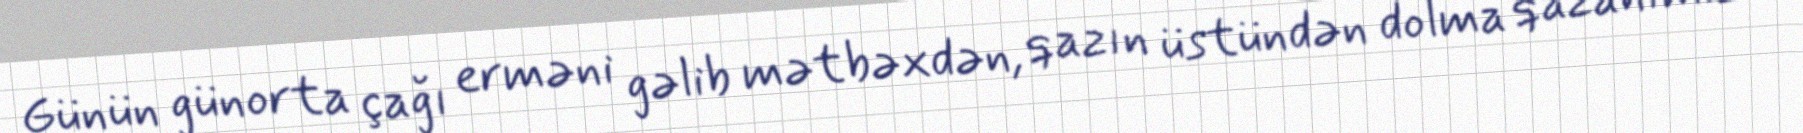
Günün günorta çağı erməni gəlib mətbəxdən, qazın üstündən dolma qazanımızı